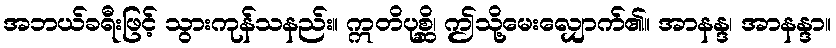
အဘယ်ခရီးဖြင့် သွားကုန်သနည်း။ ဣတိပုစ္ဆိ၊ ဤသို့မေးလျှောက်၏။ အာနန္ဒ၊ အာနန္ဒာ။